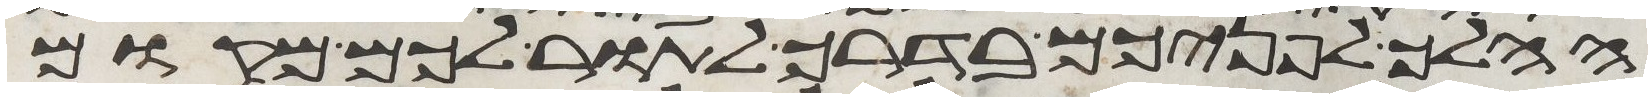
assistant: ההלך לפניכם בדרך לתור לכם מקום